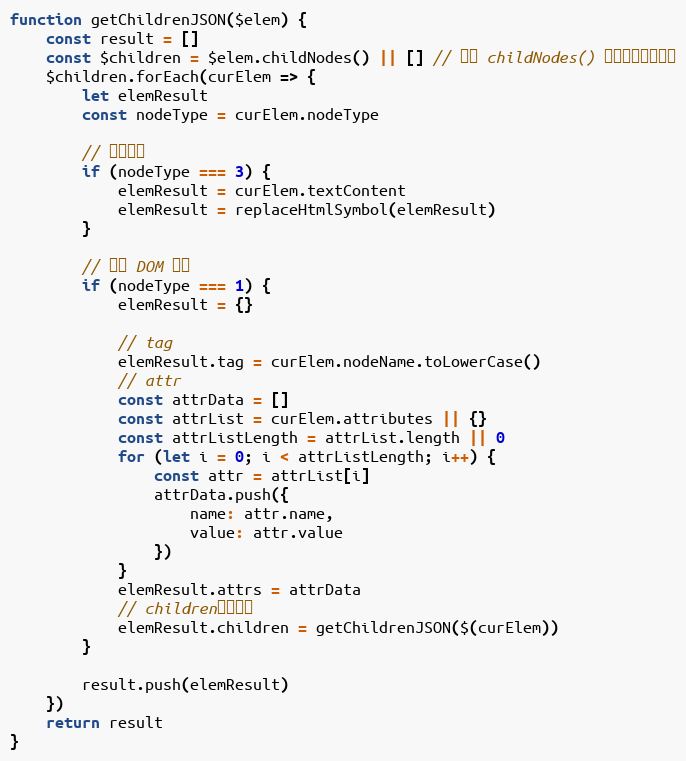
Language: JavaScript
function getChildrenJSON($elem) {
    const result = []
    const $children = $elem.childNodes() || [] // 注意 childNodes() 可以获取文本节点
    $children.forEach(curElem => {
        let elemResult
        const nodeType = curElem.nodeType

        // 文本节点
        if (nodeType === 3) {
            elemResult = curElem.textContent
            elemResult = replaceHtmlSymbol(elemResult)
        }

        // 普通 DOM 节点
        if (nodeType === 1) {
            elemResult = {}

            // tag
            elemResult.tag = curElem.nodeName.toLowerCase()
            // attr
            const attrData = []
            const attrList = curElem.attributes || {}
            const attrListLength = attrList.length || 0
            for (let i = 0; i < attrListLength; i++) {
                const attr = attrList[i]
                attrData.push({
                    name: attr.name,
                    value: attr.value
                })
            }
            elemResult.attrs = attrData
            // children（递归）
            elemResult.children = getChildrenJSON($(curElem))
        }

        result.push(elemResult)
    })
    return result
}